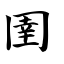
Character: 圉